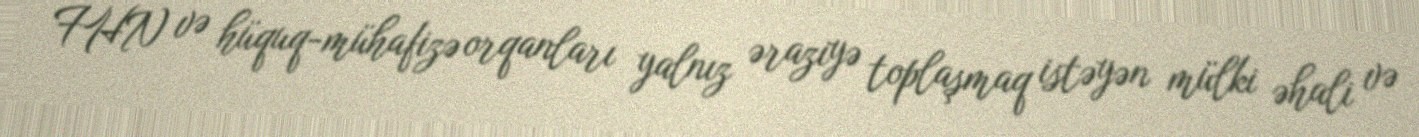
FHN və hüquq-mühafizə orqanları yalnız əraziyə toplaşmaq istəyən mülki əhali və